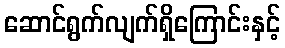
ဆောင်ရွက်လျက်ရှိကြောင်းနှင့်